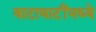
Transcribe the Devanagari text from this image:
वाटाघाटींमध्ये